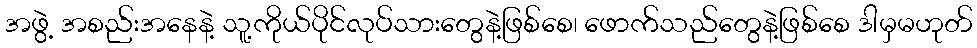
အဖွဲ့ အစည်းအနေနဲ့ သူ့ကိုယ်ပိုင်လုပ်သားတွေနဲ့ဖြစ်စေ၊ ဖောက်သည်တွေနဲ့ဖြစ်စေ ဒါမှမဟုတ်